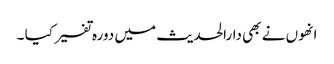
انھوں نے بھی دارالحدیث میں دورہ تفسیر کیا ۔